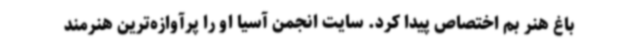
باغ هنر بم اختصاص پیدا کرد. سایت انجمن آسیا او را پرآوازه‌ترین هنرمند